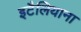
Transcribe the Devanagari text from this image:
इटैलियाना